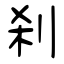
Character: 刹